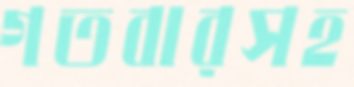
গতবারসহ